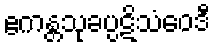
ဧကန္တသုခပ္ပဋိသံဝေဒီ